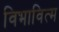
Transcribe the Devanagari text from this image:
विभावित्म